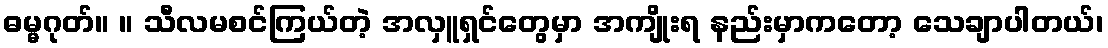
ဓမ္မဂုတ်။ ။ သီလမစင်ကြယ်တဲ့ အလှူရှင်တွေမှာ အကျိုးရ နည်းမှာကတော့ သေချာပါတယ်၊